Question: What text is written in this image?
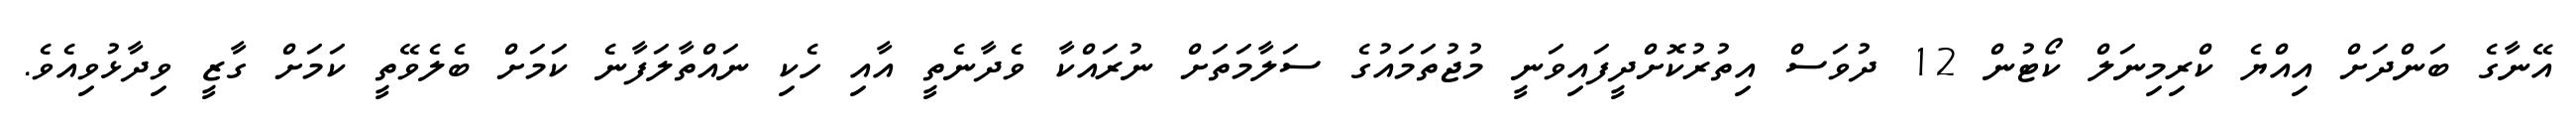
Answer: އޭނާގެ ބަންދަށް އިއްޔެ ކްރިމިނަލް ކޯޓުން 12 ދުވަސް އިތުރުކޮށްދީފައިވަނީ މުޖުތަމައުގެ ސަލާމަތަށް ނުރައްކާ ވެދާނެތީ އާއި ހެކި ނައްތާލަފާނެ ކަމަށް ބެލެވޭތީ ކަމަށް ގާޒީ ވިދާޅުވިއެވެ.